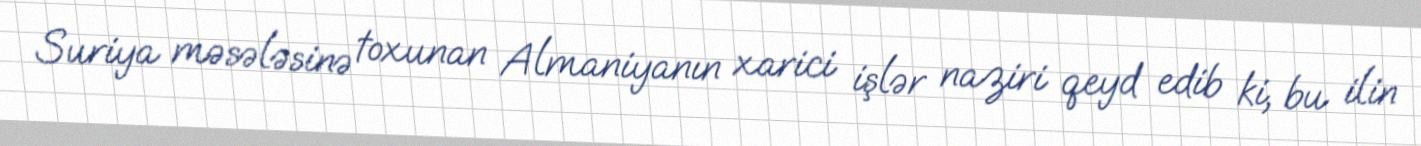
Suriya məsələsinə toxunan Almaniyanın xarici işlər naziri qeyd edib ki, bu ilin